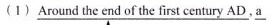
(1) \underline{ Around the end of the first century AD}.\underline{a}